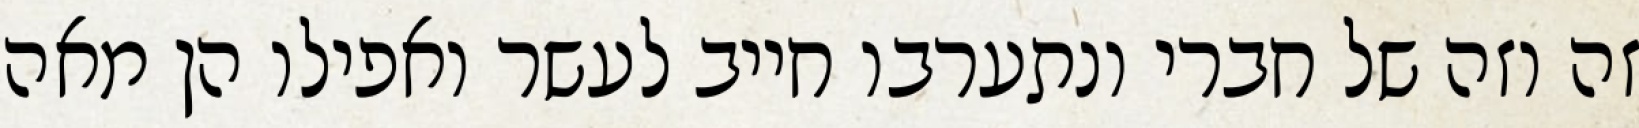
זה וזה של חברי ונתערבו חייב לעשר ואפילו הן מאה